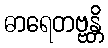
ဓာရေတဗ္ဗန္တိ